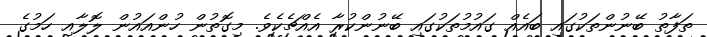
ތަފާތު ބޭނުންތަކުގައި ބައެއް ގައުމުތަކުގައި ބޭނުންކުރާ އެއްޗެކެވެ. މިގޮތުން ހުންއައުން ލޮލާއި ހަމުގެ